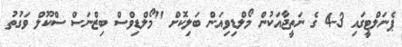
ޕެނަލްޓީގައި 3-4 ގެ ނަތީޖާއަކުން މޯލްޑިވިއަން ބަލިކޮށް "މޯލްޑިވްސް ބިޒްނަސް ސްކޫލް ވަގުތު